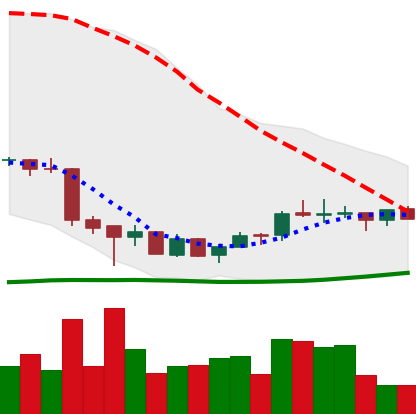
Ticker: EOS-USD
Chart end date: 2018-07-08
Forward return: -20.181%
Label: down_7plus